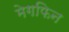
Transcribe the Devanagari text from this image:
मेगफिन